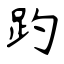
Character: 趵